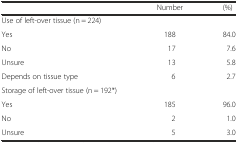
<table><thead><tr><td></td><td><b>Number</b></td><td><b>(%)</b></td></tr></thead><tbody><tr><td>Use of left-over tissue (n = 224)</td><td></td><td></td></tr><tr><td>Yes</td><td>188</td><td>84.0</td></tr><tr><td>No</td><td>17</td><td>7.6</td></tr><tr><td>Unsure</td><td>13</td><td>5.8</td></tr><tr><td>Depends on tissue type</td><td>6</td><td>2.7</td></tr><tr><td>Storage of left-over tissue (n = 192*)</td><td></td><td></td></tr><tr><td>Yes</td><td>185</td><td>96.0</td></tr><tr><td>No</td><td>2</td><td>1.0</td></tr><tr><td>Unsure</td><td>5</td><td>3.0</td></tr></tbody></table>